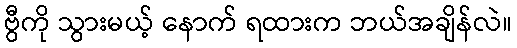
ဗွီကို သွားမယ့် နောက် ရထားက ဘယ်အချိန်လဲ။